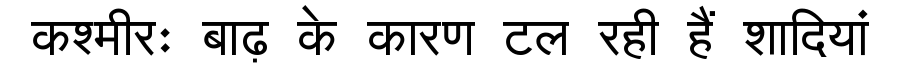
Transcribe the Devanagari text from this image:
कश्मीरः बाढ़ के कारण टल रही हैं शादियां